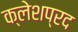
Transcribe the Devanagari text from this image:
क्लेशप्रद